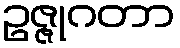
ဥဇ္ဇုဂတာ